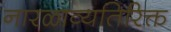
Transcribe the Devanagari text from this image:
नारळाव्यतिरिक्त